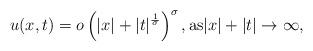
LaTeX: \begin{align*}u(x,t) = o\left(|x|+|t|^{\frac{1}{^{\sigma}}}\right)^{\sigma}, \mbox{as}|x|+|t|\to\infty,\end{align*}